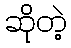
ဆိုတဲ့